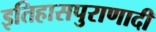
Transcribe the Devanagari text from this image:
इतिहासपुराणादी